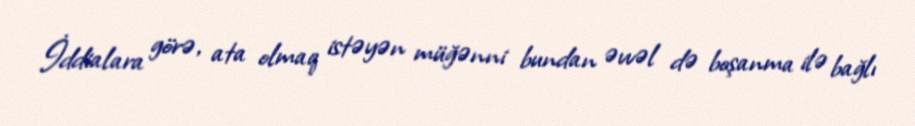
İddialara görə, ata olmaq istəyən müğənni bundan əvvəl də boşanma ilə bağlı